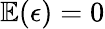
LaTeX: \mathbb{E}(\epsilon)=0